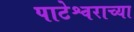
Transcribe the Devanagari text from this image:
पाटेश्वराच्या